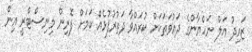
ޒައިދު އަލް ނަހްޔާންގެ ދައުވަތަކަށް ކުރައްވާ ދަތުރުފުޅެއް ކަމަށް ފޮރިން މިނިސްޓްރީ އިން